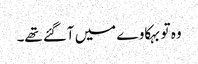
وہ تو بہکاوے میں آگئے تھے۔